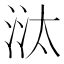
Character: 㳲